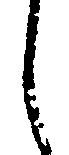
し